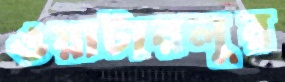
ওয়াটারলুর